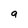
Character: g